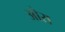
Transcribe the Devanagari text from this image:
ओरा